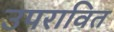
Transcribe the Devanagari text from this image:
उपरावित